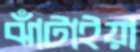
ঝাঁটাইয়া